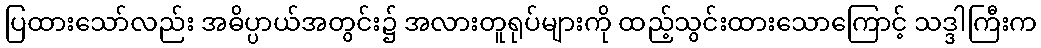
ပြထားသော်လည်း အဓိပ္ပာယ်အတွင်း၌ အလားတူရုပ်များကို ထည့်သွင်းထားသောကြောင့် သဒ္ဒါကြီးက